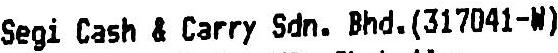
SEGI CASH & CARRY SDN. BHD. (317041-W)